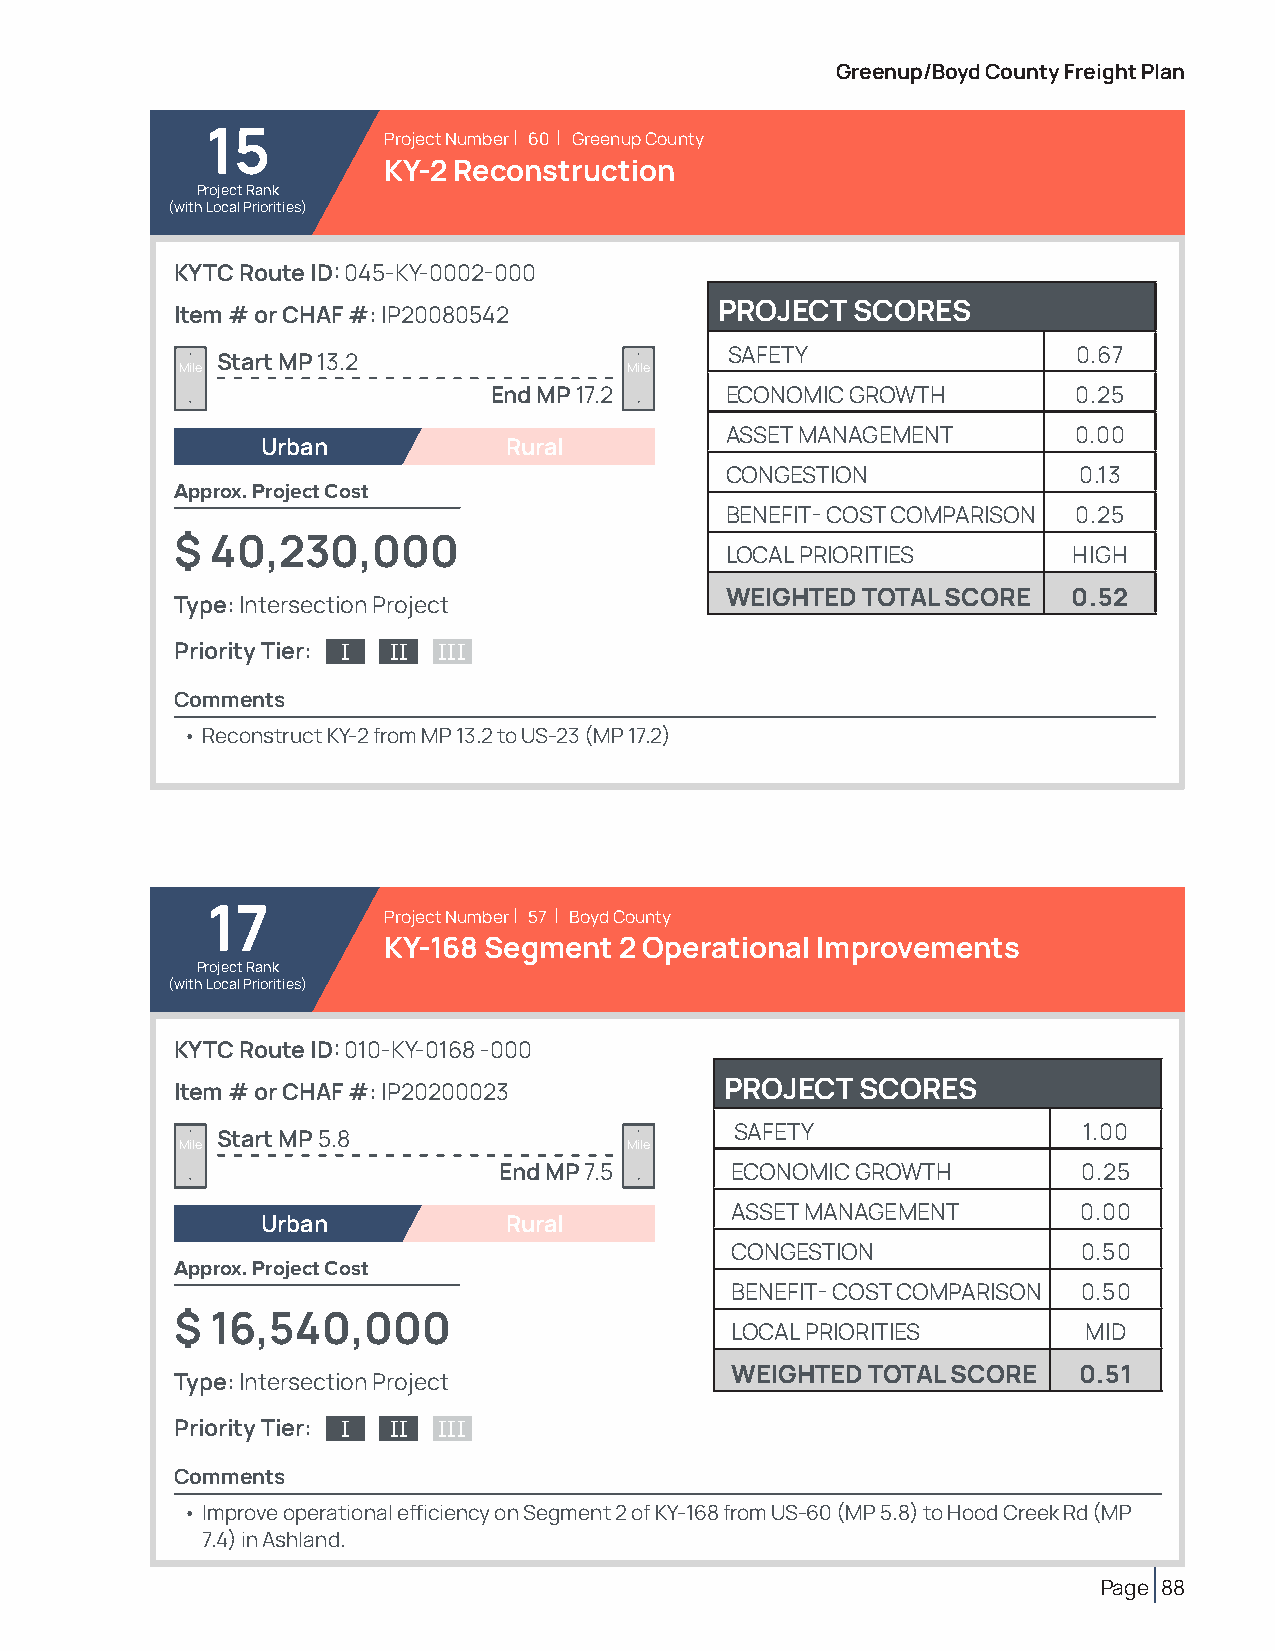
Greenup/Boyd County Freight Plan
 15         Project Number | 60 | Greenup County
 KY-2 Reconstruction
 Project Rank
 (with Local Priorities)
 KYTC Route ID: 045-KY-0002-000
 Item # or CHAF #: IP20080542        PROJECT SCORES
 SAFETY                 0.67
 Start MP 13.2
 Mile                          Mile
 End MP 17.2     ECONOMIC GROWTH        0.25
 ASSET MANAGEMENT       0.00
 Urban           Rural
 CONGESTION             0.13
 Approx. Project Cost
 BENEFIT- COST COMPARISON 0.25
 $ 40,230,000
 LOCAL PRIORITIES       HIGH
 WEIGHTED TOTAL SCORE   0.52
 Type: Intersection Project
 Priority Tier: I II III
 Comments
 • Reconstruct KY-2 from MP 13.2 to US-23 (MP 17.2)
 17         Project Number | 57 | Boyd County
 KY-168 Segment  2 Operational Improvements
 Project Rank
 (with Local Priorities)
 KYTC Route ID: 010-KY-0168 -000
 Item # or CHAF #: IP20200023        PROJECT  SCORES
 SAFETY                 1.00
 Start MP 5.8
 Mile                          Mile
 End MP 7.5     ECONOMIC GROWTH         0.25
 ASSET MANAGEMENT        0.00
 Urban           Rural
 CONGESTION              0.50
 Approx. Project Cost
 BENEFIT- COST COMPARISON 0.50
 $ 16,540,000
 LOCAL PRIORITIES        MID
 WEIGHTED TOTAL SCORE   0.51
 Type: Intersection Project
 Priority Tier: I II III
 Comments
 • Improve operational efficiency on Segment 2 of KY-168 from US-60 (MP 5.8) to Hood Creek Rd (MP
 7.4) in Ashland.
 Page 88